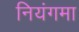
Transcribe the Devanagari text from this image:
नियंगमा